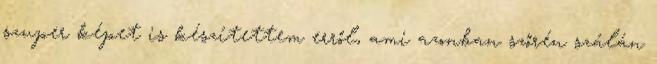
szuper képet is készítettem erről, ami azonban szőrén szálán